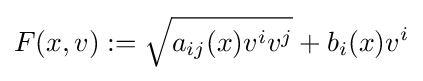
F(x,v):={\sqrt {a_{ij}(x)v^{i}v^{j}}}+b_{i}(x)v^{i}